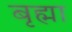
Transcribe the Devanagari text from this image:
बृह्मा